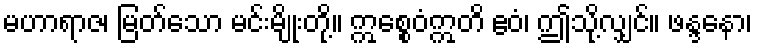
မဟာရာဇ၊ မြတ်သော မင်းမျိုးတို့။ ဣစ္စေဝံဣတိ ဧဝံ၊ ဤသို့လျှင်။ ဖန္ဒနော၊